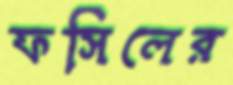
ফসিলের